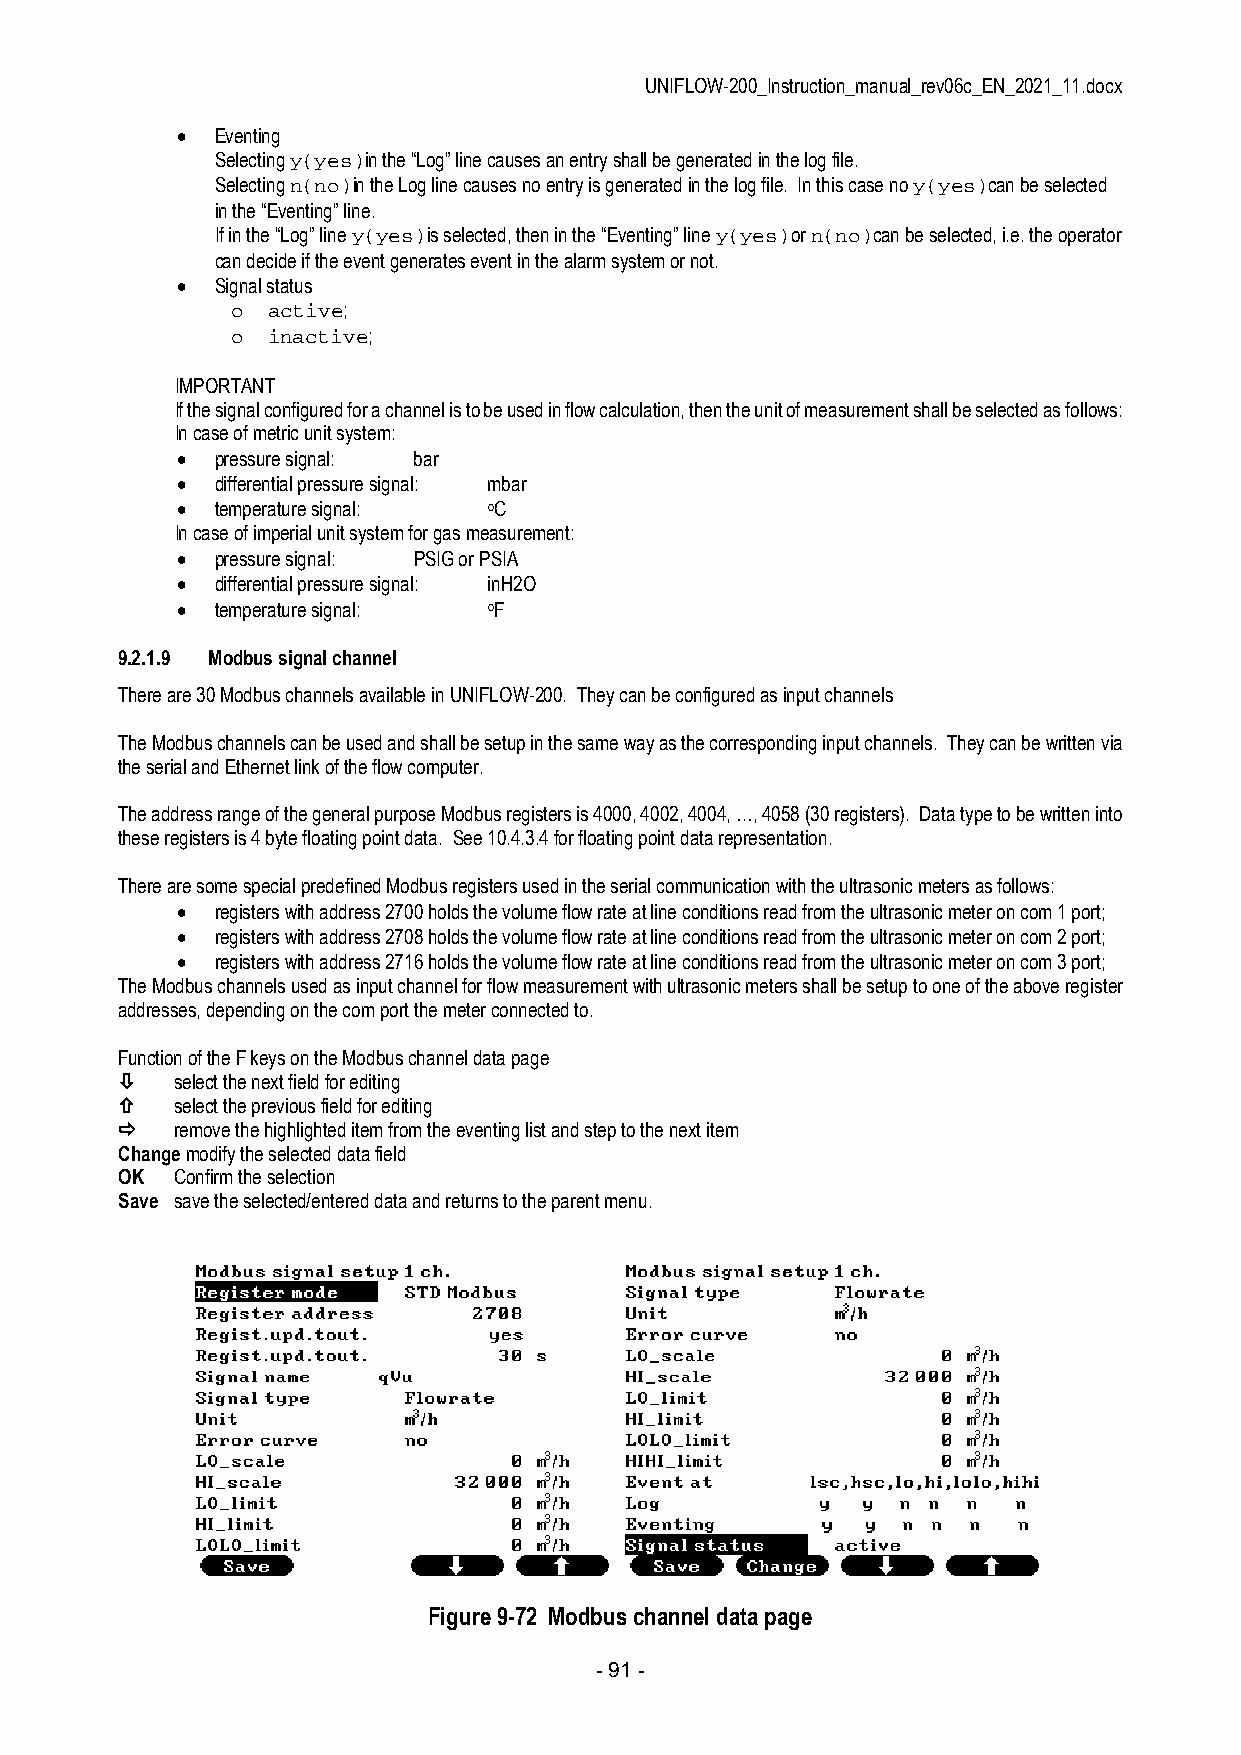
UNIFLOW-200_Instruction_manual_rev06c_EN_2021_11.docx
  Eventing
 Selecting y(yes)in the “Log” line causes an entry shall be generated in the log file.
 Selecting n(no)in the Log line causes no entry is generated in the log file. In this case no y(yes)can be selected
 in the “Eventing” line.
 If in the “Log” line y(yes)is selected, then in the “Eventing” line y(yes)or n(no)can be selected, i.e. the operator
 can decide if the event generates event in the alarm system or not.
  Signal status
 o  active;
 o  inactive;
 IMPORTANT
 If the signal configured for a channel is to be used in flow calculation, then the unit of measurement shall be selected as follows:
 In case of metric unit system:
  pressure signal: bar
  differential pressure signal: mbar
  temperature signal: oC
 In case of imperial unit system for gas measurement:
  pressure signal: PSIG or PSIA
  differential pressure signal: inH2O
  temperature signal: oF
 9.2.1.9 Modbus signal channel
 There are 30 Modbus channels available in UNIFLOW-200. They can be configured as input channels
 The Modbus channels can be used and shall be setup in the same way as the corresponding input channels. They can be written via
 the serial and Ethernet link of the flow computer.
 The address range of the general purpose Modbus registers is 4000, 4002, 4004, …, 4058 (30 registers). Data type to be written into
 these registers is 4 byte floating point data. See 10.4.3.4 for floating point data representation.
 There are some special predefined Modbus registers used in the serial communication with the ultrasonic meters as follows:
  registers with address 2700 holds the volume flow rate at line conditions read from the ultrasonic meter on com 1 port;
  registers with address 2708 holds the volume flow rate at line conditions read from the ultrasonic meter on com 2 port;
  registers with address 2716 holds the volume flow rate at line conditions read from the ultrasonic meter on com 3 port;
 The Modbus channels used as input channel for flow measurement with ultrasonic meters shall be setup to one of the above register
 addresses, depending on the com port the meter connected to.
 Function of the F keys on the Modbus channel data page
    select the next field for editing
    select the previous field for editing
    remove the highlighted item from the eventing list and step to the next item
 Change modify the selected data field
 OK  Confirm the selection
 Save save the selected/entered data and returns to the parent menu.
 Figure 9-72 Modbus channel data page
 - 91 -